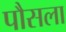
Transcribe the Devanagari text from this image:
पौसला